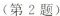
(第2题)